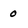
Character: 0